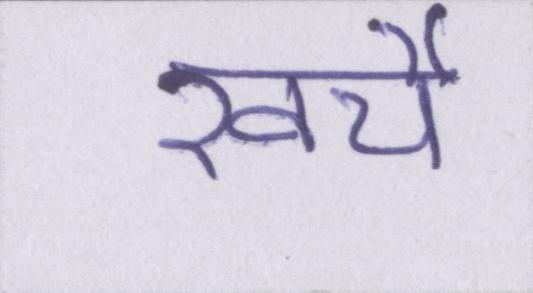
खर्चे